Civil Veterinary Dept. Bombay admin report 1932-41 - 1932-1941
Year: 1932
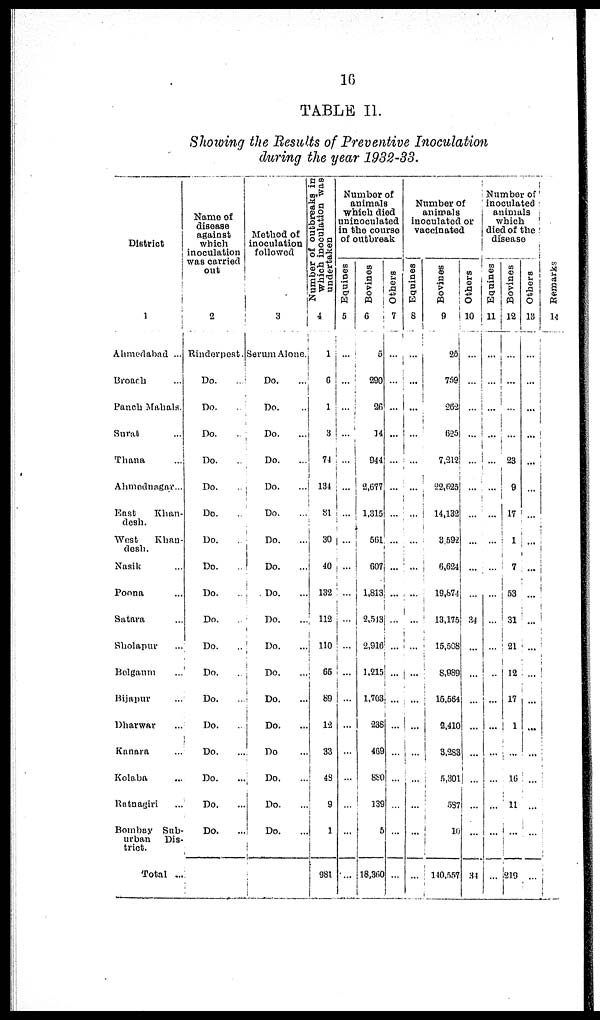
16
TABLE II.
Showing the Results of Preventive Inoculation
during the year 1932-33.
District
1
Ahmedabad ...
Broach …
Panch Mahals.
Surat ...
Thana ...
Ahmednagar...
East
Khan-
desh.
West
Khan-
desh.
Nasik ...
Poona ...
Satara ...
Sholapur ...
Belgaum ...
Bijapur ...
Dharwar ...
Kanara ...
Kolaba ...
Ratnagiri ...
Bombay Sub-
urban
Dis-
trict.
Total ...
Name of
disease
against
which
inoculation
was carried
out
2
Rinderpest.
Do. …
Do. …
Do. …
Do. …
Do. …
Do. …
Do. …
Do. …
Do. …
Do. …
Do. …
Do. ...
Do. …
Do. …
Do. …
Do. …
Do. …
Do. …
Method of
inoculation
followed
3
Serum Alone.
Do.
...
Do. …
Do. …
Do. …
Do. …
Do. …
Do. …
Do. …
Do. …
Do. …
Do.
...
Do. …
Do. …
Do. …
Do …
Do. …
Do. …
Do. …
Number of outbreaks in
which inoculation was
undertaken
4
1
6
1
3
71
131
81
30
40
132
112
110
66
89
12
33
48
9
1
981
Number of
animals
which died
uninoculated
in the course
of outbreak
Equities
5
...
...
...
...
...
...
...
...
...
...
...
...
...
...
...
...
...
...
...
Bovines
6
5
290
26
14
944
2,677
1,315
561
607
1,813
2,543
2,916
1,215
1,703
238
469
880
139
5
18,360
Others
7
...
...
...
...
...
...
...
...
...
...
...
...
...
...
...
...
...
...
...
...
Number of
animals
inoculated or
vaccinated
Equines
8
...
...
...
...
...
...
...
...
...
...
...
...
...
...
...
...
...
...
...
...
Bovines
9
25
759
262
625
7,212
22,625
14,132
3,592
6,624
19,874
13,175
15,508
8,989
15,564
2,410
3,283
5,301
537
10
140,557
Others
10
...
...
...
...
...
...
...
...
...
...
34
...
...
...
...
...
...
...
...
34
Number of
inoculated
animals
which
died of the
disease
Equines
11
...
...
...
...
...
...
...
...
...
...
...
...
...
...
...
...
...
...
...
...
Bovines
12
...
...
...
...
23
9
17
1
7
53
31
21
12
17
...
...
16
11
...
219
Others
13
...
...
...
...
...
...
...
...
...
...
...
...
...
...
...
...
...
...
...
...
Re ma r
k s
14